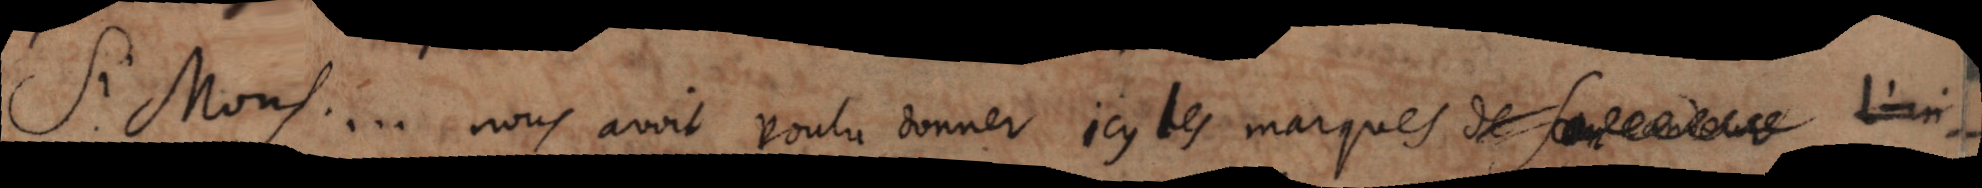
Si Mons... nous avoit voulu donner icy les marques